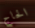
الحاج